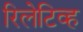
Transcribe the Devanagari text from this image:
रिलेटिव्ह